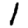
Digit: 1